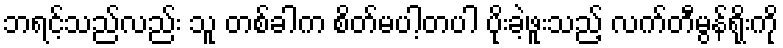
ဘရင့်သည်လည်း သူ တစ်ခါက စိတ်မပါ့တပါ ပိုးခဲ့ဖူးသည့် လက်တီမွန်ရိုးကို